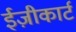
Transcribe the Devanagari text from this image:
ईज़ीकार्ट